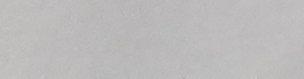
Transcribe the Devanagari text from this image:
आफ्‌नै